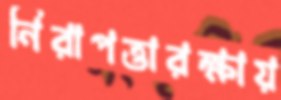
নিরাপত্তারক্ষায়